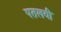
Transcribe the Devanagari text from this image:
पतलवी